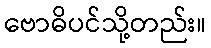
ဗောဓိပင်သို့တည်း။